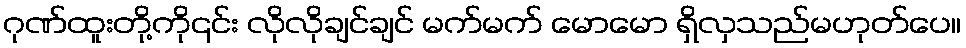
ဂုဏ်ထူးတို့ကို၎င်း လိုလိုချင်ချင် မက်မက် မောမော ရှိလှသည်မဟုတ်ပေ။